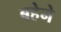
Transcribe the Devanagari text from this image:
बहेने